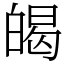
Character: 㿣